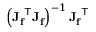
\left( \mathbf { J _ { f } } ^ { \mathsf { T } } \mathbf { J _ { f } } \right) ^ { - 1 } \mathbf { J _ { f } } ^ { \mathsf { T } }